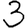
Digit: 3